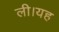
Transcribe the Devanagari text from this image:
ली।यह